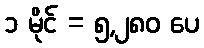
၁ မိုင် = ၅,၂၈၀ ပေ